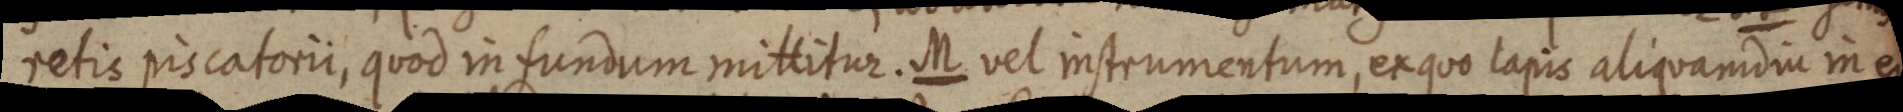
retis piscatorii, quod in fundum mittitur. M vel instrumentum, ex quo lapis aliquamdium es